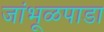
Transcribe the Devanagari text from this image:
जांभूळपाडा